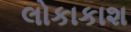
લોકાકાશ